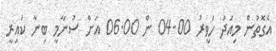
އެގޮތުން މިއަދު ހަވީރު 04.00 ން 06.00 އަށް ސުނާމީ ބިނާ ކައިރީ